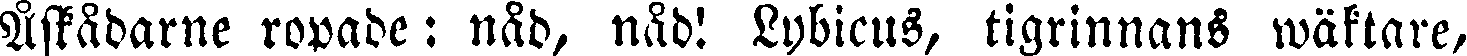
Åskådarne ropade: nåd, nåd! Lybicus, tigrinnans wäktare,